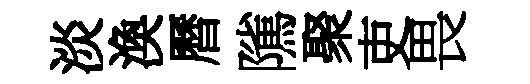
淡渙曆隲聚吏畏